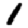
Digit: 1